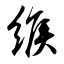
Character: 缑